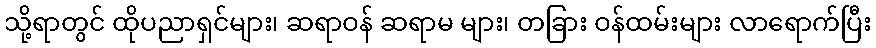
သို့ရာတွင် ထိုပညာရှင်များ၊ ဆရာဝန် ဆရာမ များ၊ တခြား ဝန်ထမ်းများ လာရောက်ပြီး